Leaving Certificate Examination (including Day School Certificate (Higher) General paper), 1929
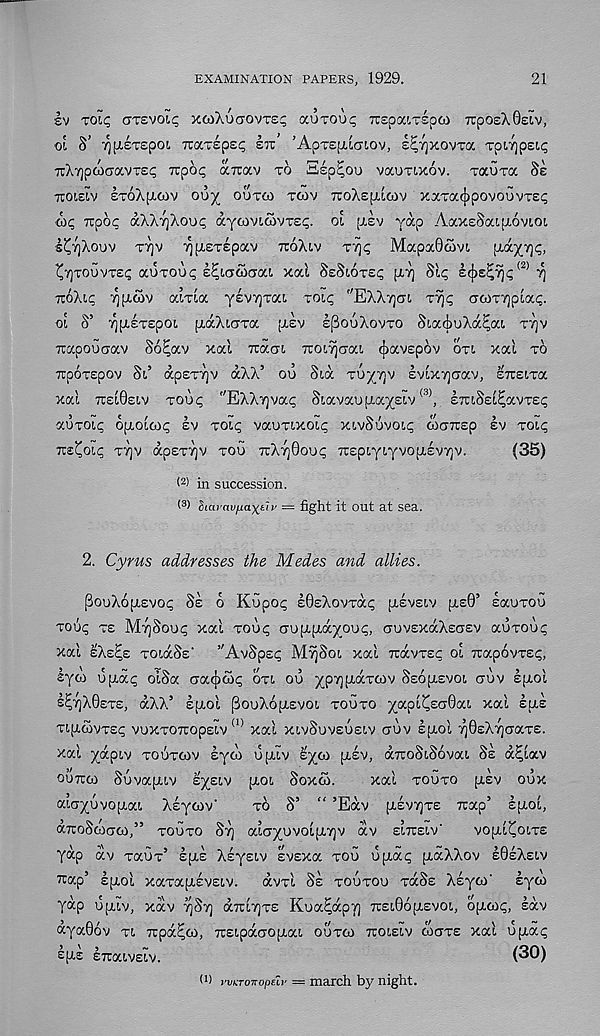
EXAMINATION PAPERS, 1929.
21
SV Tol<; GTSVOIC, X(OXUCTOVT£? OCUTOO^ TTSpaiTSpCO 7rpOeX0£lV,
oi S’ ^[xeTEpot. TraTspst; SIT’ ’ApTspiiGiov, s^yjxovxa TpiTjpsi.^
irXTjpcociavTSi; Trpot; airav TO Hsp^ou vaonxov. xaura Ss
7U0LSLV STOXpUOV 0U^( OUTCO TCOV TcoXsfJiicov xxxa(j)povou vxs<;
aii; irpoi; aXXyjXoui; aycoviiovTs;;. ol (Jtsv yap AaxeSaLU.6vi.oi
■ s^viXouv T7]v ^(xeTepav TTOXLV T^ Mapa0c5vL
piay/]^,
^Toovxei; auxoui; e^iCTwaaL xal SeSLOTe^ [XT] S'u; e(j)e^7)i; <2) ^
izohc, IQPLWV ama yevTjxaL xoi<; "EXXTJGL X^I; (rcoxvjpLa*;.
oi S’ ^[xexepOL ptaXiaxa jxev S^OUXOVTO SLaiuXa^aL XTJV
xapouaav S6£av xal Train TroiTjcraL cjiavepov oxi xal xo
Trpoxepov SL’ dpexTjv dXX’ ou Sid x6y7]v evixijcjav, STrsixa
xal TreiOeiv xou<; "EXXYjva^ SiavaupiayeLV (3) , £7rLSeL^avxe<;
auxou; 6[XOLCO<; ev XOL<; vauxLXOLi; XLVSUVOLI; woTrep sv xoti;
TTS^OLI; XTJV dpex7]v xoo TTXTJOOUI; 7repLyLyvop.ev7]v.
(35)
t 2 > in succession.
( 3 ) Suu avfj.axt'n' — fight it out at sea.
2. Cyrus addresses the Medes and allies.
PouXopievoi; Se 6 KOpo<; eQsXovxdi; pisveiv [xe0’ eaoxou
xoui; xe MTJSOUI; xal xoui; CTUpLjxdyour;, auvexdXecjev auxou^
xal eXe^e xoidSe' ’’AvSpei; MYJSOL xal Trdvxec OL TrapSvxei;,
eyw upidi; olSa aacjico^ OXL OU ypTjfxdxcov SeojxevoL cruv eptol
s^7]X0exe, dXX’ eixol f^ouXopievoi xouxo yapLCedOai xal eae
XL[i,{ovx£<; vuxxOTropeLv (I) xal XLVSUVEUSLV auv sp.ol ^OeXyjcraxe.
xal ydpLv xouxcov syco up.iv eyco p.ev, dcTroStSovai Se d^lav
ouTtco Suvapiv eyeiv [XOL Soxco.
xal xouxo p.ev oux
aiayuvojjLai Xeycov -
xo S’ “ ’Edv [xevvjxe Trap’ epol,
dTuoScocjco,” xouxo ST] aioyuvoLpTjv dv elireiv'
vopl^oixe
yap dv xaux’ epe Xeyeiv evexa xou up.ai; p.aXXov e0eXeLv
wap’ spol xaxapiveLv. dvxl Se xouxou xdSe Xeyto' eyco
yap upiv, xdv ’/jSr] aTTLTjxe Kua^dpy TretOopevoL, opcoc;, edv
dya06v XL Tcpd^co, TceLpdaopaL ouxco TTOLELV werxe xal upd<;
sps erraLveLv.
(30)
wicrOTTOpeli' — march by night.